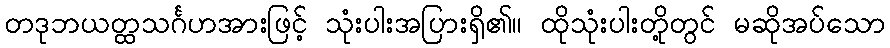
တဒုဘယတ္ထသင်္ဂဟအားဖြင့် သုံးပါးအပြားရှိ၏။ ထိုသုံးပါးတို့တွင် မဆိုအပ်သော